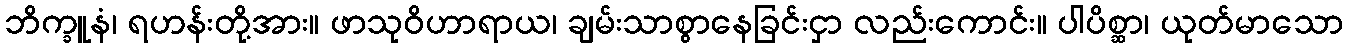
ဘိက္ခူနံ၊ ရဟန်းတို့အား။ ဖာသုဝိဟာရာယ၊ ချမ်းသာစွာနေခြင်းငှာ လည်းကောင်း။ ပါပိစ္ဆာ၊ ယုတ်မာသော